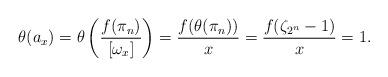
LaTeX: \begin{align*} \theta(a_x)=\theta\left(\frac{f(\pi_n)}{[\omega_x]}\right)=\frac{f(\theta(\pi_n))}{x}=\frac{f(\zeta_{2^n}-1)}{x}=1. \end{align*}